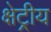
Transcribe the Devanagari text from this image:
क्षेट्रीय